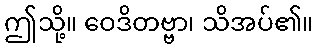
ဤသို့။ ဝေဒိတဗ္ဗာ၊ သိအပ်၏။